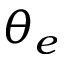
\theta _ { e }